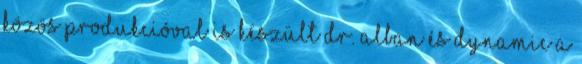
Közös produkcióval is készült Dr. Alban és Dynamic a